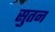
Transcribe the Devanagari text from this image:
सुतन